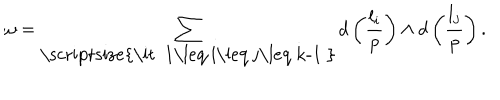
LaTeX: \omega = \sum _ { \mathrm { \scriptsize { \it ~ 1 \leq ~ i \leq ~ j \leq ~ k - 1 ~ } } } d \left( { \frac { l _ { i } } { p } } \right) \wedge d \left( { \frac { l _ { j } } { p } } \right) .